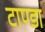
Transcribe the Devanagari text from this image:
टाण्‍डा